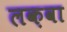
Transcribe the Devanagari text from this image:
लक़वा